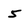
Character: 5